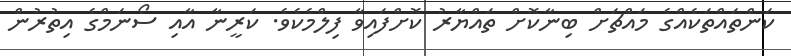
ކަންތައްތަކެއްގެ މައްޗަށް ބިނާކޮށް ތައްޔާރު ކޮށްފައިވާ ފިލްމެކެވެ. ކަރީނާ އާއި ސޯނަމްގެ އިތުރުން